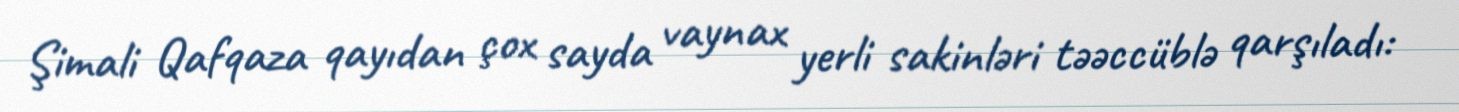
Şimali Qafqaza qayıdan çox sayda vaynax yerli sakinləri təəccüblə qarşıladı: